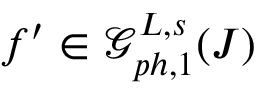
f ^ { \prime } \in \mathcal { G } _ { p h , 1 } ^ { L , s } ( J )